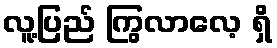
လူ့ပြည် ကြွလာလေ့ ရှိ